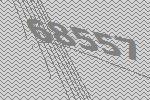
68557